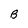
Character: B